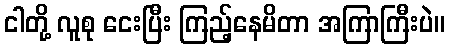
ငါတို့ လူစု ငေးပြီး ကြည့်နေမိတာ အကြာကြီးပဲ။